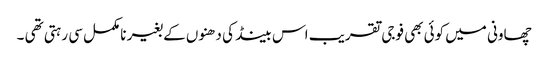
چھاونی میں کوئی بھی فوجی تقریب اس بینڈ کی دھنوں کے بغیر نامکمل سی رہتی تھی ۔